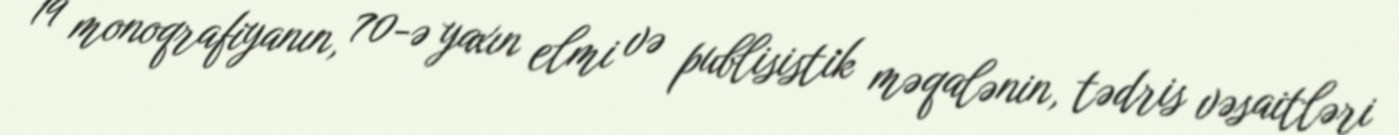
19 monoqrafiyanın, 70-ə yaxın elmi və publisistik məqalənin, tədris vəsaitləri